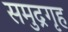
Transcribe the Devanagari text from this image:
समुद्रगृह